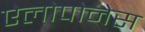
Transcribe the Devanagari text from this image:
ऐलोपोनेस